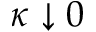
\kappa \downarrow 0